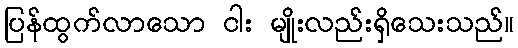
ပြန်ထွက်လာသော ငါး မျိုးလည်းရှိသေးသည်။